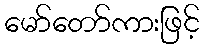
မော်တော်ကားဖြင့်